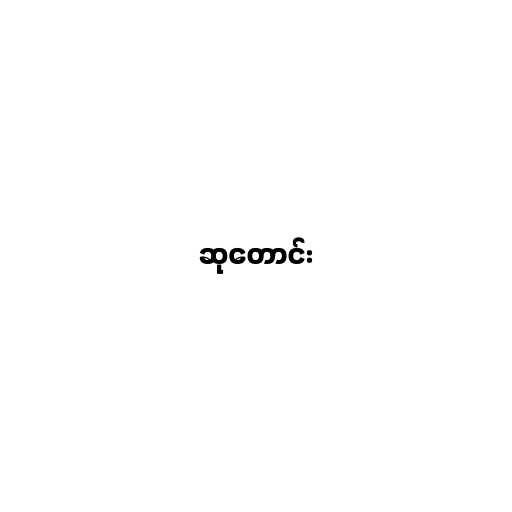
ဆုတောင်း